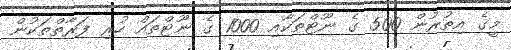
މީގެ އިތުރުން 500 ގެ ނޫޓްތަކާއި 1000 ގެ ނޫޓްތައް ހުރި ފަރާތްތަކުން